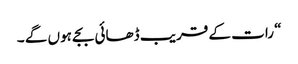
“ رات کے قریب ڈھائی بجے ہوں گے ۔